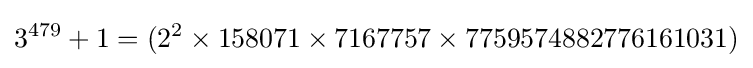
3^{479}+1=(2^{2}\times 158071\times 7167757\times 7759574882776161031)